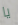
يا